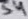
Text: S4